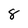
Character: 8